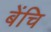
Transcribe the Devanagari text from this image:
बेंचि